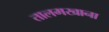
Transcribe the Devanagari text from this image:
तालमखाना